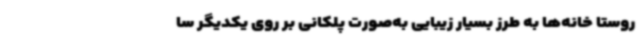
روستا خانه‌ها به طرز بسیار زیبایی به‌صورت پلکانی بر روی یکدیگر سا